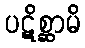
ပဋိစ္ဆာမိ